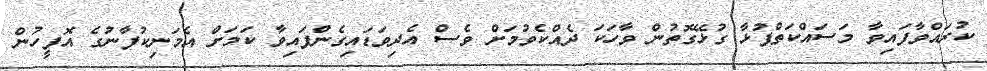
ކުރައްވާފައިވާ މަސައްކަތްޕުޅާ ގުޅޭގޮތުން ވާހަކަ ދެއްކެވުމަށް ވެސް އެދިވަޑައިގެންފައިވާ ކަމަށް އެމަނިކުފާނުގެ އޮފީހުން